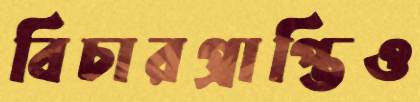
বিচারপ্রাপ্তিও